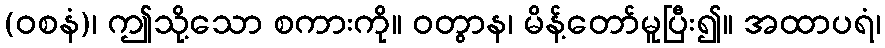
(ဝစနံ)၊ ဤသို့သော စကားကို။ ဝတွာန၊ မိန့်တော်မူပြီး၍။ အထာပရံ၊